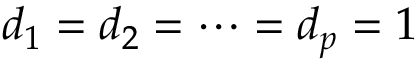
d _ { 1 } = d _ { 2 } = \cdots = d _ { p } = 1